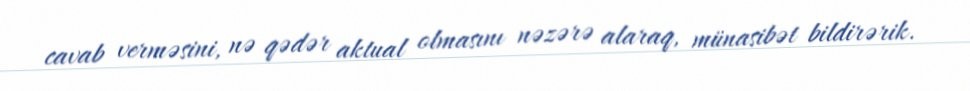
cavab verməsini, nə qədər aktual olmasını nəzərə alaraq, münasibət bildirərik.